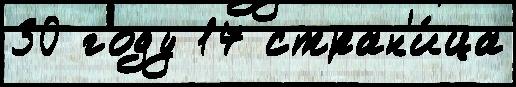
30 году 17 стран'и́ца